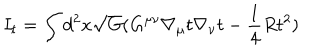
LaTeX: I _ { t } = \int d ^ { 2 } x \sqrt { G } ( G ^ { \mu \nu } \nabla _ { \mu } t \nabla _ { \nu } t - \frac { 1 } { 4 } R t ^ { 2 } )